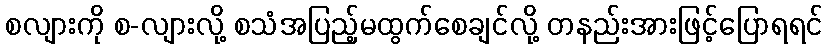
စလျားကို စ-လျားလို့ စသံအပြည့်မထွက်စေချင်လို့ တနည်းအားဖြင့်ပြောရရင်